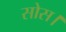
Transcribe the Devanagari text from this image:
सोस।